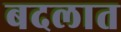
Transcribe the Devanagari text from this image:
बदलात